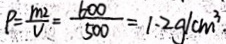
P = \frac { m _ { 2 } } { V } = \frac { 6 0 0 } { 5 0 0 } = 1 . 2 g / c m ^ { 3 } .